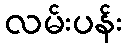
လမ်းပန်း